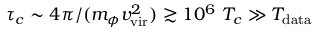
\tau _ { c } \sim 4 \pi / ( m _ { \phi } v _ { \mathrm { v i r } } ^ { 2 } ) \gtrsim 1 0 ^ { 6 } \ T _ { c } \gg T _ { \mathrm { d a t a } }